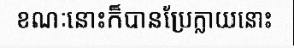
ខណៈនោះក៏បានប្រែក្លាយនោះ